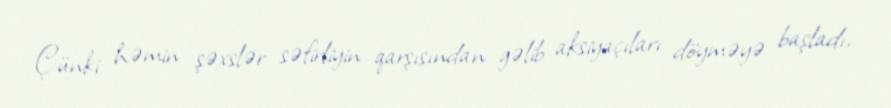
Çünki həmin şəxslər səfirliyin qarşısından gəlib aksiyaçıları döyməyə başladı,